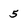
Character: 5